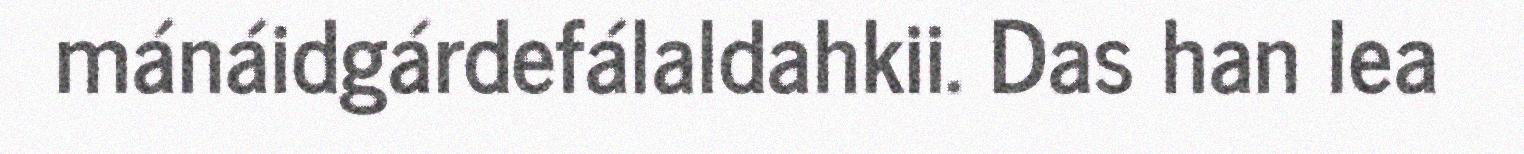
mánáidgárdefálaldahkii. Das han lea